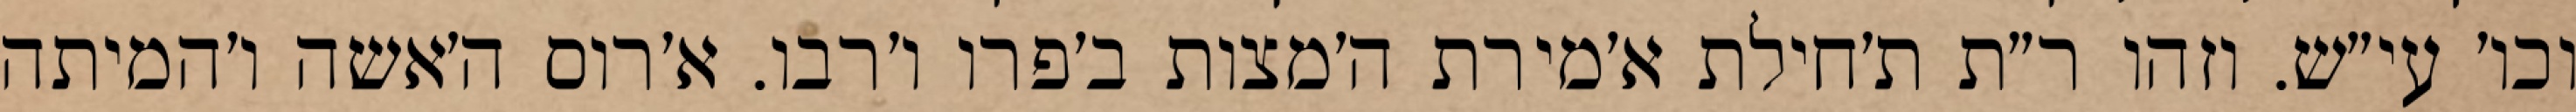
וכו׳ עי״ש. וזהו ר״ת ת׳חילת א׳מירת ה׳מצות ב׳פרו ו׳רבו. א׳רוס ה׳אשה ו׳המיתה